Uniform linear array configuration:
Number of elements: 16
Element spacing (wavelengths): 1
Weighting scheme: cosine
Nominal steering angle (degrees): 15
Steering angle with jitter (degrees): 14.079
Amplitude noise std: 0.05
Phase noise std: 0.05

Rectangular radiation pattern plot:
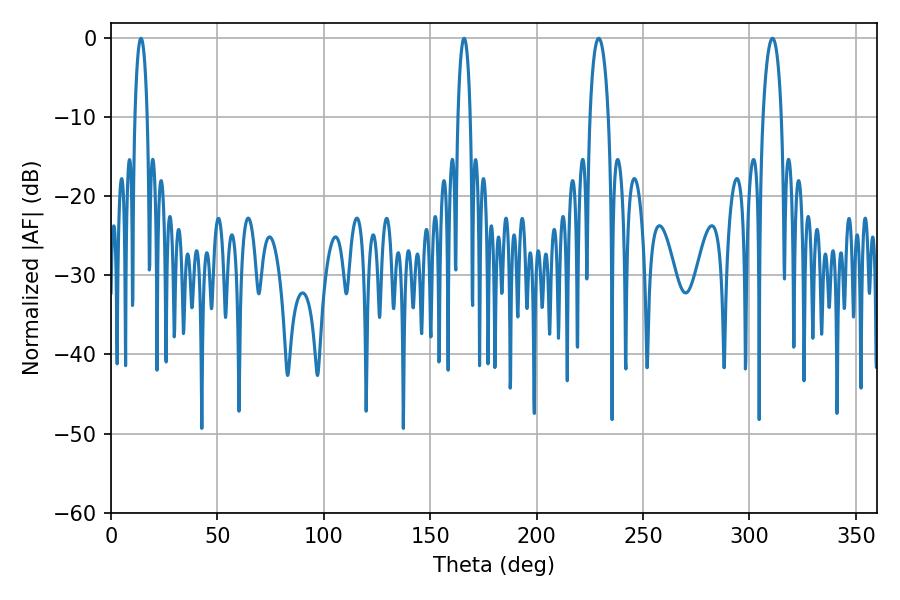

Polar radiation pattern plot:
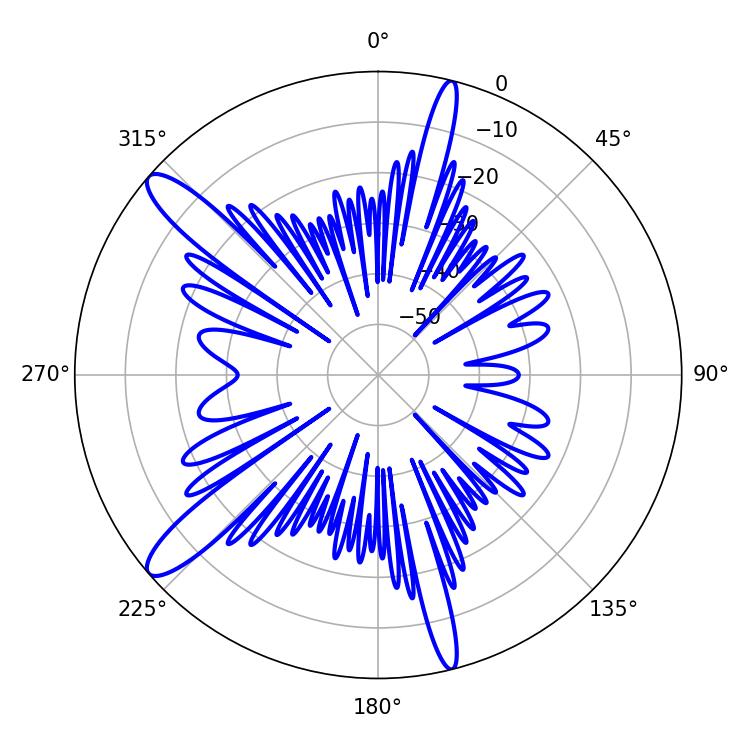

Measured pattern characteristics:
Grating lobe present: TRUE
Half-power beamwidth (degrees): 4.86
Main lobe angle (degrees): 229.14